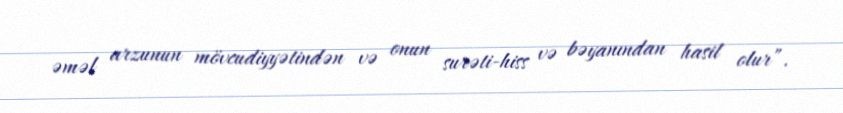
əməl arzunun mövcudiyyətindən və onun surəti-hiss və bəyanından hasil olur”.